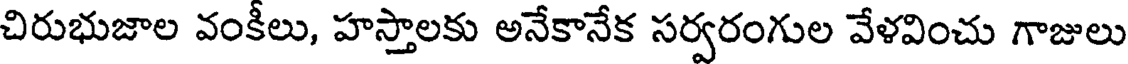
చిరుభుజాల వంకీలు, హస్తాలకు అనేకానేక సర్వరంగుల వేళవించు గాజులు